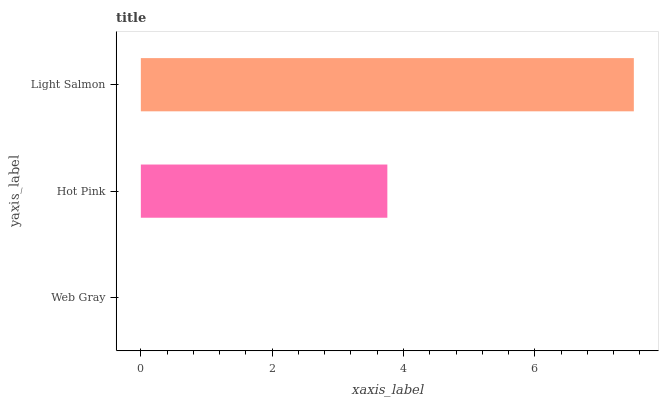
| yaxis_label | bars |
 | --- | --- |
 | Web Gray | 0 |
 | Hot Pink | 3.75 |
 | Light Salmon | 7.51 |